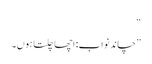
“
”چاند نواب: اچھا چلتا ہوں۔